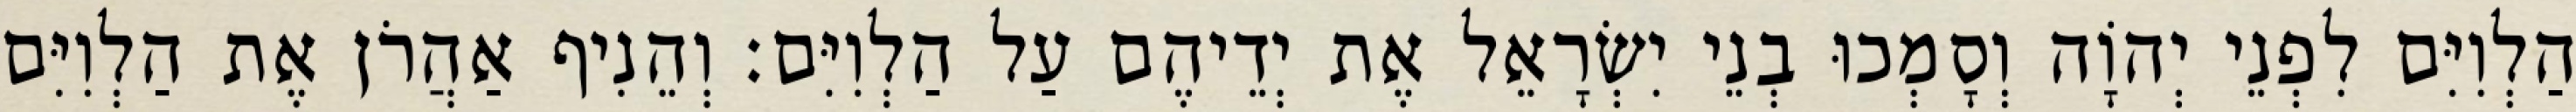
הַלְוִיִּם לִפְנֵי יְהוָֹה וְסָמְכוּ בְנֵי יִשְׂרָאֵל אֶת יְדֵיהֶם עַל הַלְוִיִּם׃ וְהֵנִיף אַהֲרֹן אֶת הַלְוִיִּם